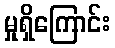
မှုရှိကြောင်း